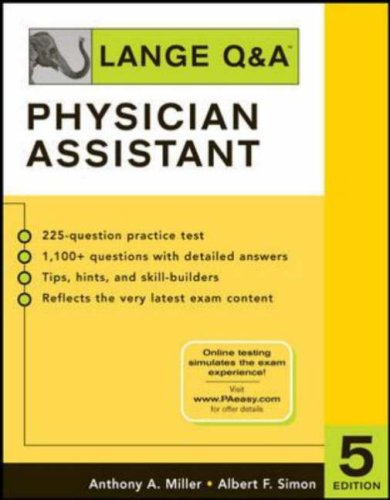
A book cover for Lange Q&A: Physician Assistant, Fifth Edition (LANGE Q&A Allied Health); Anthony Miller; Medical Books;